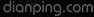
dianping.com